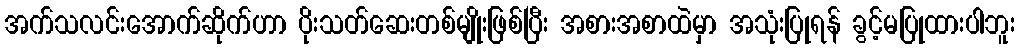
အက်သလင်းအောက်ဆိုက်ဟာ ပိုးသတ်ဆေးတစ်မျိုးဖြစ်ပြီး အစားအစာထဲမှာ အသုံးပြုရန် ခွင့်မပြုထားပါဘူး